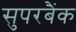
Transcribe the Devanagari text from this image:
सुपरबैंक